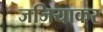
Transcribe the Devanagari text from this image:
जजियाकर